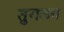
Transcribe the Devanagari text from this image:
तुगलग